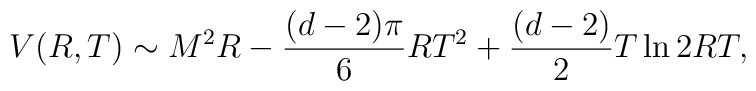
V(R,T)\sim M^2R-\frac{(d-2)\pi}{6}RT^2+\frac{(d-2)}{2}T\ln2RT,